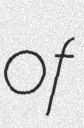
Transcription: of